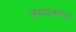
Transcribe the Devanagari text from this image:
अव्याख्येय